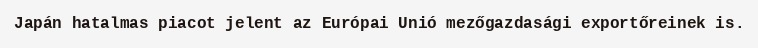
Japán hatalmas piacot jelent az Európai Unió mezőgazdasági exportőreinek is.